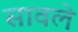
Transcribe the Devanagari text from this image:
सावले